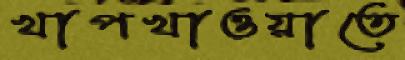
খাপখাওয়াতে